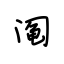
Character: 阄